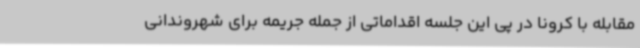
مقابله با کرونا در پی این جلسه اقداماتی از جمله جریمه برای شهروندانی